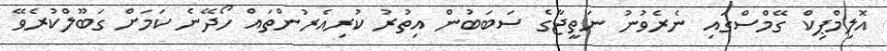
އޮލިމްޕިކް ގޭމްސްގައި ނެރެވުނު ނަތީޖާގެ ސަބަބުން އިތުރު ކުރިއެރުންތައް ހޯދޭނެ ކަމަށް ގަބޫލްކުރެވޭ